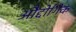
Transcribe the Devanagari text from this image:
औद्दोगिक